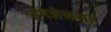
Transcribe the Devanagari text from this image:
इमेजेससह